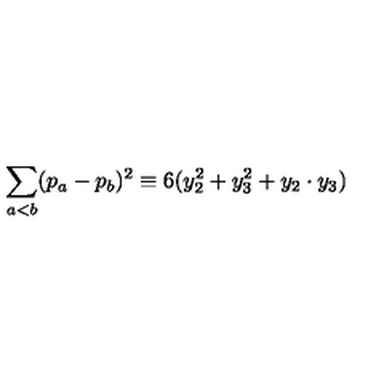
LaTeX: \sum _ { a < b } ( p _ { a } - p _ { b } ) ^ { 2 } \equiv 6 ( y _ { 2 } ^ { 2 } + y _ { 3 } ^ { 2 } + y _ { 2 } \cdot y _ { 3 } )